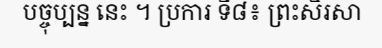
បច្ចុប្បន្ន នេះ ។ ប្រការ ទី៨៖ ព្រះសិរសា